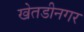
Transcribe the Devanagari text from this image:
खेतडीनगर